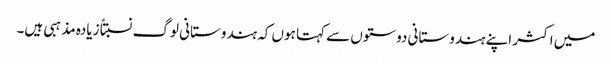
میں اکثر اپنے ہندوستانی دوستوں سے کہتا ہوں کہ ہندوستانی لوگ نسبتاً زیادہ مذہبی ہیں۔